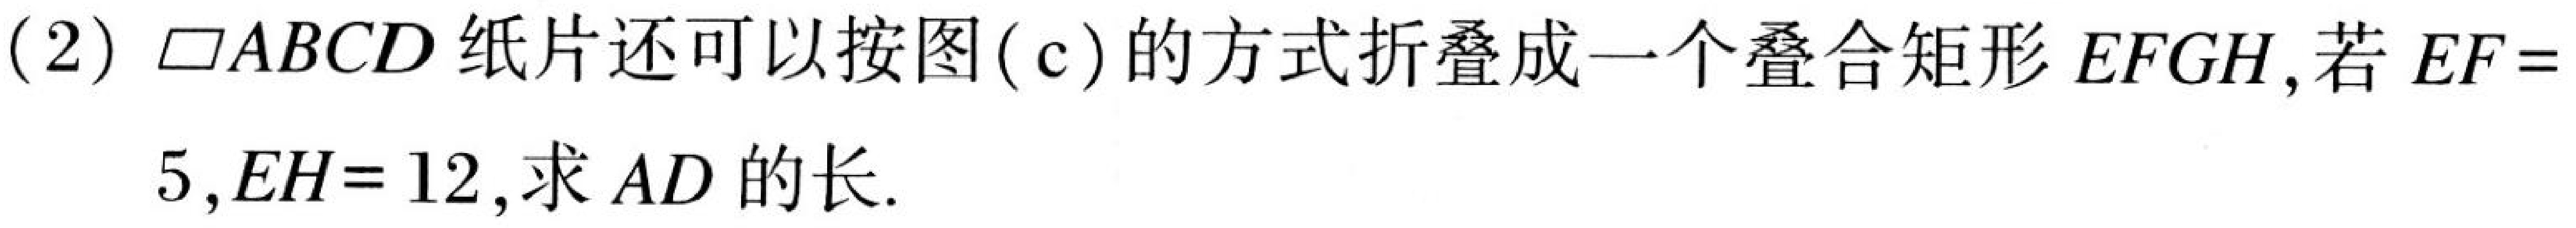
(2) \(\square ABCD\) 纸片还可以按图(\(c\))的方式折叠成一个叠合矩形 \(EFGH\)，若 \(EF = 5\)，\(EH = 12\)，求 \(AD\) 的长.